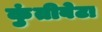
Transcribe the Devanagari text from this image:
कुंतीबेटा